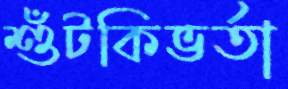
শুঁটকিভর্তা